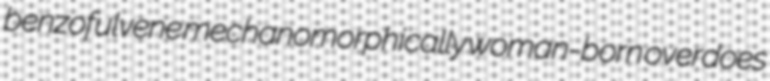
benzofulvene mechanomorphically woman-born overdoes